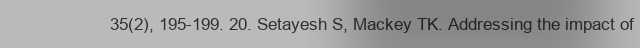
35(2), 195-199. 20. Setayesh S, Mackey TK. Addressing the impact of